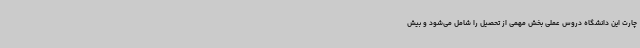
چارت این دانشگاه دروس عملی بخش مهمی از تحصیل را شامل می‌شود و بیش